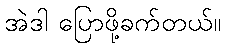
အဲဒါ ပြောဖို့ခက်တယ်။